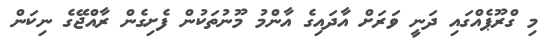
މި ގްރޫޕެއްގައި ދަނީ ވަރަށް އާދައިގެ އާންމު މޫނުތަކުން ފެށިގެން ރާއްޖޭގެ ނިކަން